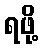
ရဖို့